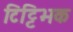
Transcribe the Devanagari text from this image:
टिट्टिभक